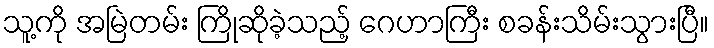
သူ့ကို အမြဲတမ်း ကြိုဆိုခဲ့သည့် ဂေဟာကြီး စခန်းသိမ်းသွားပြီ။